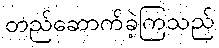
တည်ဆောက်ခဲ့ကြသည်